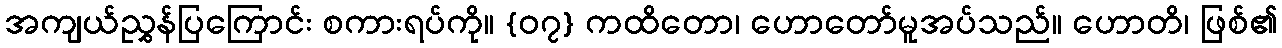
အကျယ်ညွှန်ပြကြောင်း စကားရပ်ကို။ {၀၇} ကထိတော၊ ဟောတော်မူအပ်သည်။ ဟောတိ၊ ဖြစ်၏